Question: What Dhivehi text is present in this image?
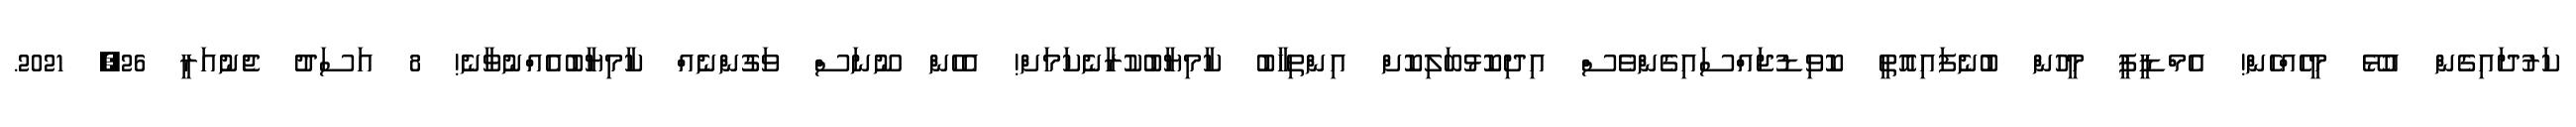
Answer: ކަރުދައިގެން އުޅޭ މީހެއްހެން! އެމްޑީޕީ މީހުން ބުނެފައިއޮތީ ކޮވިޑުޖައްސައިގެންވެސް އިދިކޮޅުބަލިކޮށް އިންތިޚާބު ކާމިޔާބުކުރާނެކަމަށް! އެހެން ނޫނަސް ވަގުންނެއް ކާމިޔާބުއެއްނުވާނެ! 8 އަސަދު ޖެނުއަރީ 26, 2021.